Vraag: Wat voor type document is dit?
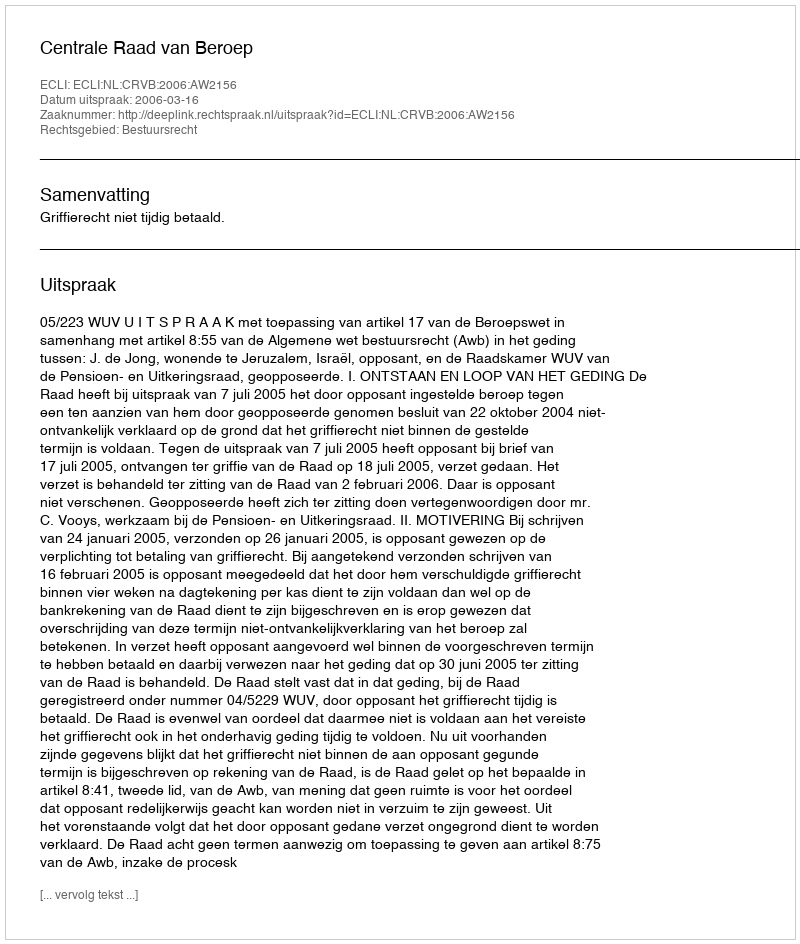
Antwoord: Uitspraak